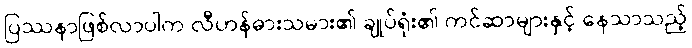
ပြဿနာဖြစ်လာပါက လီဟန်ဓားသမား၏ ချုပ်ရုံး၏ ကင်ဆာများနှင့် နေသာသည့်